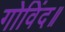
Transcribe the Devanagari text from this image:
गोविंद॥